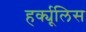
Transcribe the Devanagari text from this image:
हर्क्यूलिस